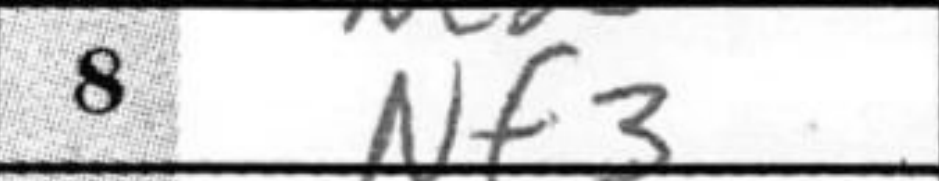
Transcription: Nf3